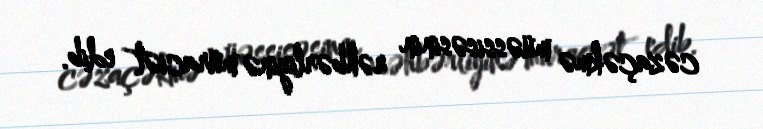
cəzaçəkmə müəssisəsinin rəhbərliyinə müraciət edib.